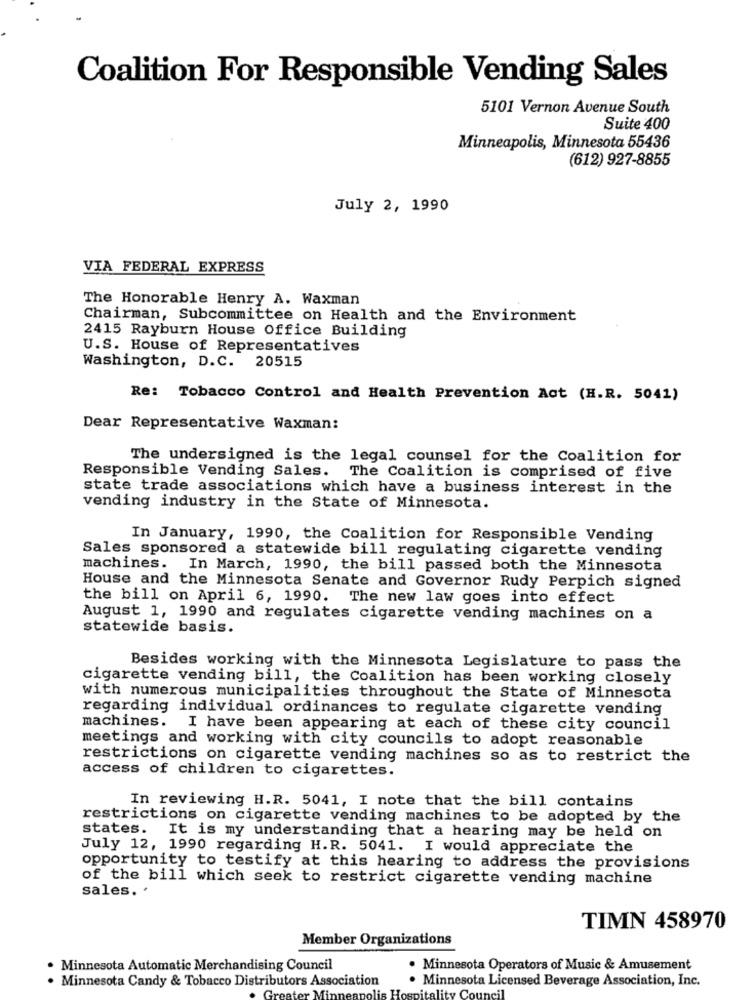
Coalition For Responsible Vending Sales
5101 Vernon Avenue South
Suite 400
Minneapolis, Minnesota 55436
(612) 927-8855
July 2, 1990
VIA FEDERAL EXPRESS
The Honorable Henry A. Waxman
Chairman, Subcommittee on Health and the Environment
2415 Rayburn House Office Building
U.S. House of Representatives
Washington, D.C. 20515
Re: Tobacco Control and Health Prevention Act (H.R. 5041)
Dear Representative Waxman:
The undersigned is the legal counsel for the Coalition for
Responsible Vending Sales. The Coalition is comprised of five
state trade associations which have a business interest in the
vending industry in the State of Minnesota.
In January, 1990, the Coalition for Responsible Vending
Sales sponsored a statewide bill regulating cigarette vending
machines. In March, 1990, the bill passed both the Minnesota
House and the Minnesota Senate and Governor Rudy Perpich signed
the bill on April 6, 1990. The new law goes into effect
August 1, 1990 and regulates cigarette vending machines on a
statewide basis.
Besides working with the Minnesota Legislature to pass the
cigarette vending bill, the Coalition has been working closely
with numerous municipalities throughout the State of Minnesota
regarding individual ordinances to regulate cigarette vending
machines. I have been appearing at each of these city council
meetings and working with city councils to adopt reasonable
restrictions on cigarette vending machines so as to restrict the
access of children to cigarettes.
In reviewing H.R. 5041, I note that the bill contains
restrictions on cigarette vending machines to be adopted by the
states.
It is my understanding that a hearing may be held on
July 12, 1990 regarding H.R. 5041. I would appreciate the
opportunity to testify at this hearing to address the provisions
of the bill which seek to restrict cigarette vending machine
sales. .
TIMN 458970
Member Organizations
. Minnesota Automatic Merchandising Council
· Minnesota Operators of Music & Amusement
. Minnesota Candy & Tobacco Distributors Association
. Minnesota Licensed Beverage Association, Inc.